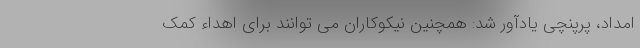
امداد، پرپنچی یادآور شد: همچنین نیکوکاران می توانند برای اهداء کمک